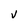
Character: V